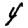
Digit: 4